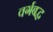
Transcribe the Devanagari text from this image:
वर्गबद्ध